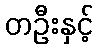
တဦးနှင့်